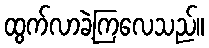
ထွက်လာခဲ့ကြလေသည်။